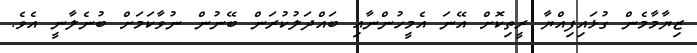
ޒިޔާމާމެން ގުޅައިފިއްޔާ ރީތިކޮށް އޭނަ އެމީހުންނާއި ބައްދަލުކުރަން ބޭނުން ނުވާކަމަށް ބުނެލާނީ އެވެ.